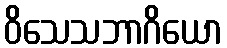
ဝိသေသဘာဂိယော